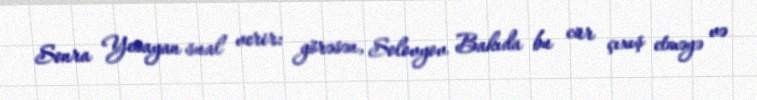
Sonra Yesayan sual verir: görəsən, Solovyov Bakıda bu cür çıxış etməyə və